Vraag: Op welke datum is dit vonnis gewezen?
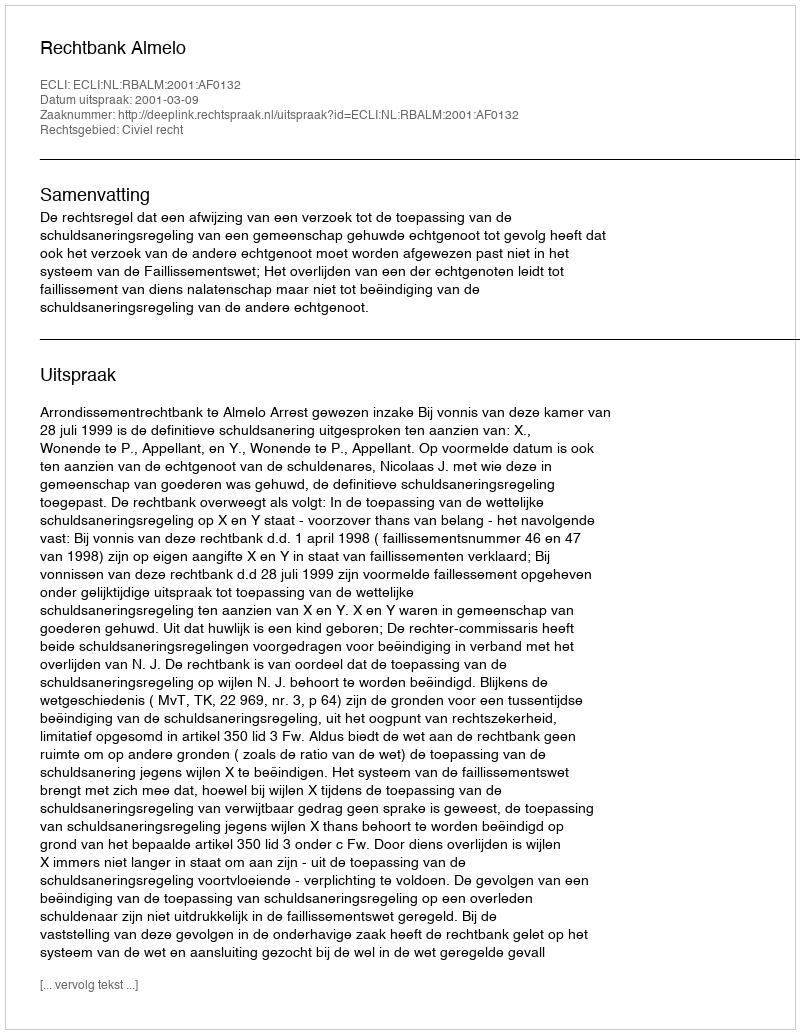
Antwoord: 2001-03-09